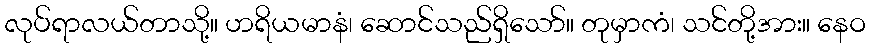
လုပ်ရာလယ်တာသို့။ ဟရိယမာနံ၊ ဆောင်သည်ရှိသော်။ တုမှာကံ၊ သင်တို့အား။ နေဝ